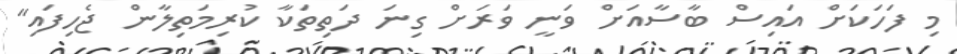
މި ފަހަކަށް އައިސް ބާސާއަށް ވަނީ ވަރަށް ގިނަ ދަތިތަކާ ކުރިމަތިލާން ޖެހިފައި"